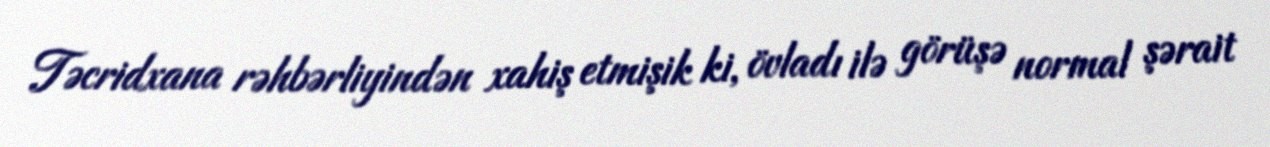
Təcridxana rəhbərliyindən xahiş etmişik ki, övladı ilə görüşə normal şərait